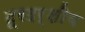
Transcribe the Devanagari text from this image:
दूरदर्शीय